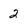
Character: 2